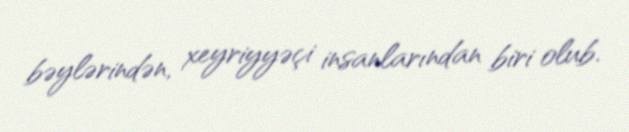
bəylərindən, xeyriyyəçi insanlarından biri olub.